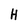
Character: H